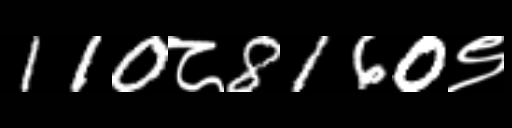
Text: 110८8160९